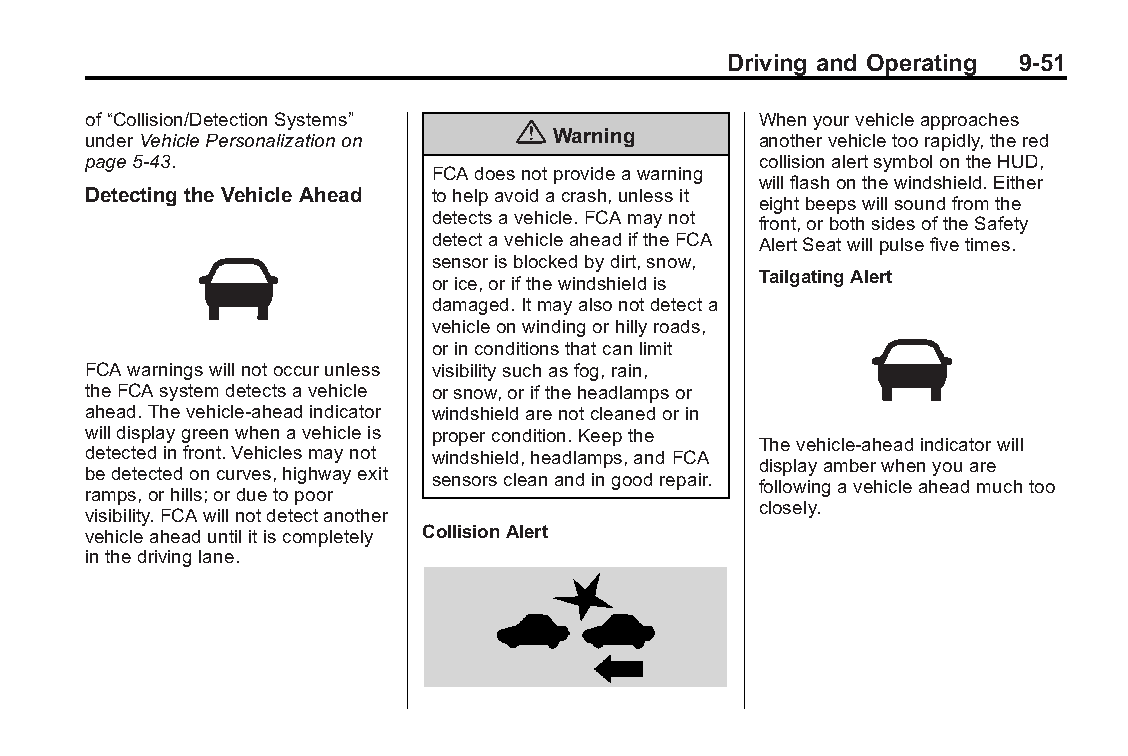
Buick LaCrosse Owner Manual (GMNA-Localizing-U.S./Canada/Mexico- Blackplate(51,1)
 6043609)-2014-2ndEdition-10/17/13
 Driving and Operating 9-51
 of“Collision/DetectionSystems”               Whenyourvehicleapproaches
 {
 underVehiclePersonalizationon  Warning       anothervehicletoorapidly,thered
 page5-43.                                    collisionalertsymbolontheHUD,
 FCAdoesnotprovideawarning
 willflashonthewindshield.Either
 Detecting theVehicle Ahead tohelpavoidacrash,unlessit
 eightbeepswillsoundfromthe
 detectsavehicle.FCAmaynot front,orbothsidesoftheSafety
 detectavehicleaheadiftheFCA AlertSeatwillpulsefivetimes.
 sensorisblockedbydirt,snow,
 orice,orifthewindshieldis TailgatingAlert
 damaged.Itmayalsonotdetecta
 vehicleonwindingorhillyroads,
 orinconditionsthatcanlimit
 FCAwarningswillnotoccurunless visibilitysuchasfog,rain,
 theFCAsystemdetectsavehicle orsnow,oriftheheadlampsor
 ahead.Thevehicle-aheadindicator windshieldarenotcleanedorin
 willdisplaygreenwhenavehicleis propercondition.Keepthe
 Thevehicle-aheadindicatorwill
 detectedinfront.Vehiclesmaynot windshield,headlamps,andFCA
 displayamberwhenyouare
 bedetectedoncurves,highwayexit sensorscleanandingoodrepair.
 followingavehicleaheadmuchtoo
 ramps,orhills;orduetopoor
 closely.
 visibility.FCAwillnotdetectanother
 vehicleaheaduntilitiscompletely CollisionAlert
 inthedrivinglane.